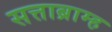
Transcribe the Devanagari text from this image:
सत्ताब्राम्ह